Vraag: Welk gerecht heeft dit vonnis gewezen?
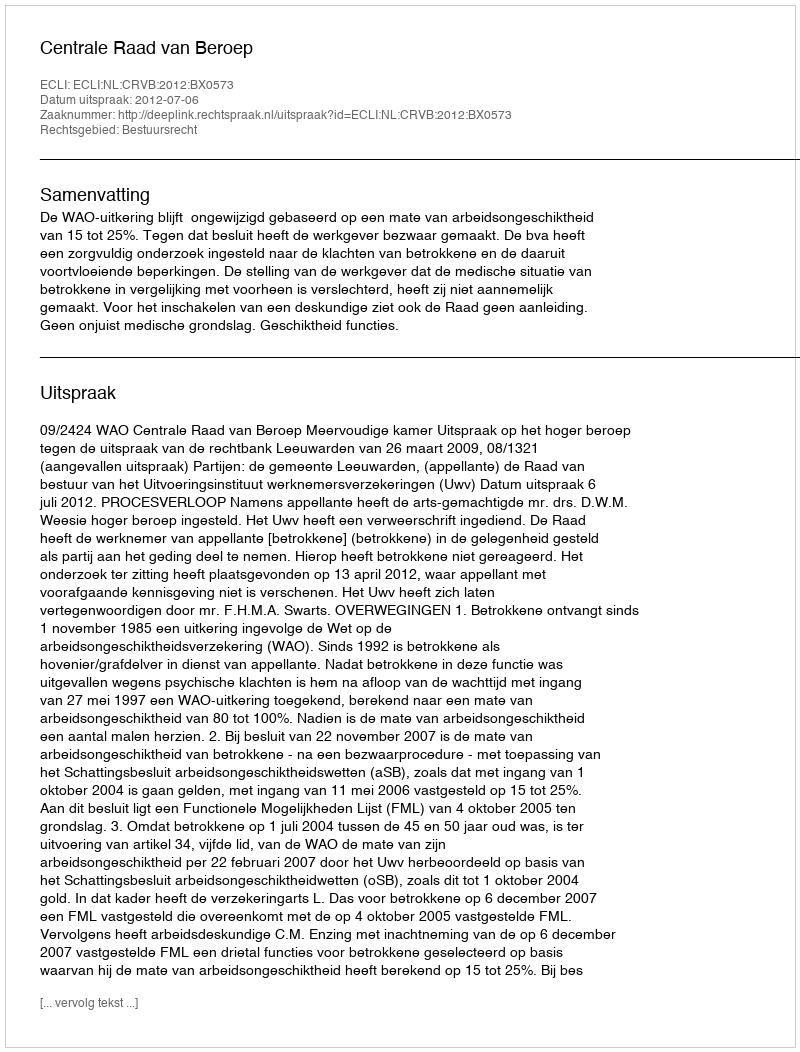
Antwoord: Centrale Raad van Beroep